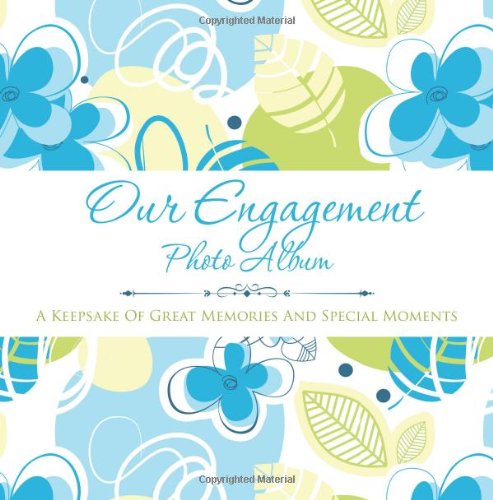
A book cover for Our Engagement Photo Album: A Keepsake of Great Memories and Special Moments; Speedy Publishing LLC; Crafts, Hobbies & Home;